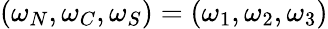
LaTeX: (\omega_{N},\omega_{C},\omega_{S})=(\omega_{1},\omega_{2},\omega_{3})